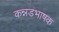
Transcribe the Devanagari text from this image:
कन्नडभाषक